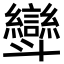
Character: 㪻